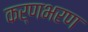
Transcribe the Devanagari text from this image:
कर्णभरण